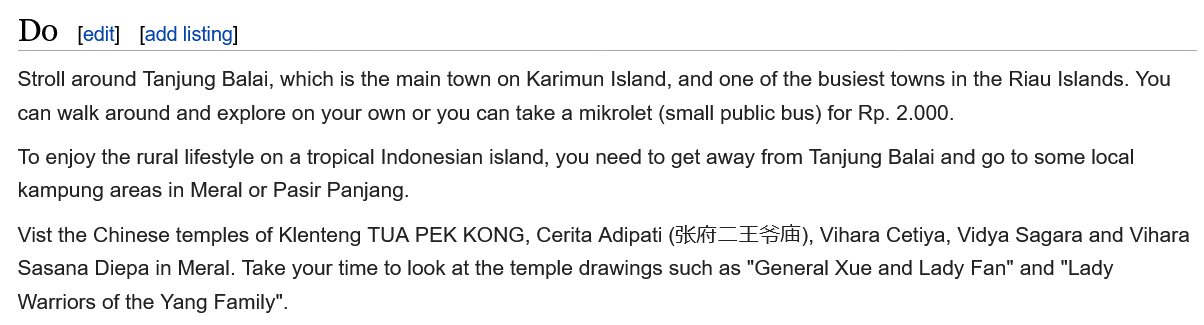
Do
  Stroll around Tanjung Balai, which is the main town on Karimun Island, and one of the busiest towns in the Riau Islands. You
  can walk around and explore on your own or you can take a mikrolet (small public bus) for Rp. 2.000.
  To enjoy the rural lifestyle on a tropical Indonesian island, you need to get away from Tanjung Balai and go to some local
  <ampung areas in Meral or Pasir Panjang.
  Vist the Chinese temples of Klenteng TUA PEK KONG, Cerita Adipati (5k —=£4S/s), Vihara Cetiya, Vidya Sagara and Vihara
  Sasana Diepa in Meral. Take your time to look at the temple drawings such as "General Xue and Lady Fan" and "Lady
  Warriors of the Yang Famii
     [edit] [add listing]